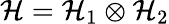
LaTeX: {\cal{H}}={\cal{H}}_{1}\otimes{\cal{H}}_{2}